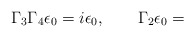
\begin{align*}\Gamma_3\Gamma_4\epsilon_0 = i\epsilon_0, \qquad \Gamma_2\epsilon_0 =\end{align*}